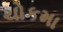
ચોકમા